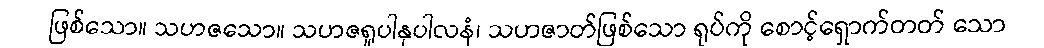
ဖြစ်သော။ သဟဇသော။ သဟဇရူပါနုပါလနံ၊ သဟဇာတ်ဖြစ်သော ရုပ်ကို စောင့်ရှောက်တတ် သော